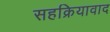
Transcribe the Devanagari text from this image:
सहक्रियावाद